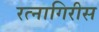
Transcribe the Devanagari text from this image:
रत्नागिरीस